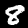
Label: 8